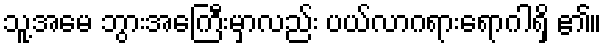
သူ့အမေ ဘွားအေကြီးမှာလည်း ပယ်လာဂရားရောဂါရှိ ၏။